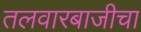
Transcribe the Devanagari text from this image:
तलवारबाजीचा